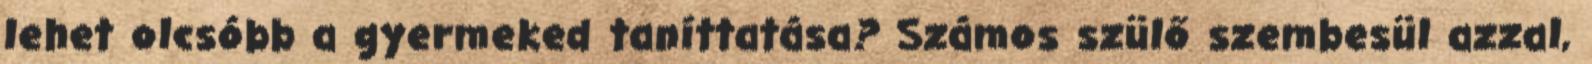
lehet olcsóbb a gyermeked taníttatása? Számos szülő szembesül azzal,